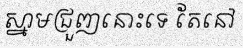
ស្នាមជ្រួញនោះទេ តែនៅ